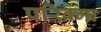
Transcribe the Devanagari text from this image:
परिक्र्मा